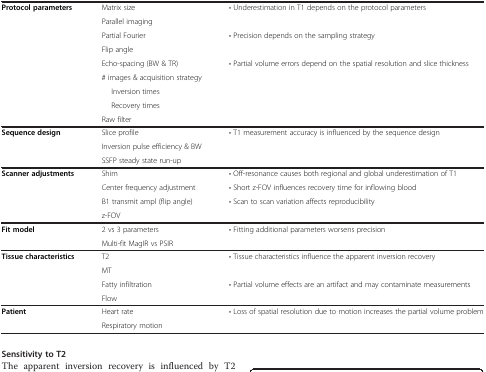
|  |  |  |
 | --- | --- | --- |
 | <ROWSPAN=9> Protocol parameters | Matrix size | <ROWSPAN=2> • Underestimation in T1 depends on the protocol parameters |
 | Parallel imaging |
 | Partial Fourier | <ROWSPAN=2> • Precision depends on the sampling strategy |
 | Flip angle |
 | Echo-spacing (BW & TR) | <ROWSPAN=5> • Partial volume errors depend on the spatial resolution and slice thickness |
 | # images & acquisition strategy |
 | Inversion times |
 | Recovery times |
 | Raw filter |
 | <ROWSPAN=3> Sequence design | Slice profile | <ROWSPAN=3> • T1 measurement accuracy is influenced by the sequence design |
 | Inversion pulse efficiency & BW |
 | SSFP steady state run-up |
 | <ROWSPAN=4> Scanner adjustments | Shim | • Off-resonance causes both regional and global underestimation of T1 |
 | Center frequency adjustment | • Short z-FOV influences recovery time for inflowing blood |
 | B1 transmit ampl (flip angle) | <ROWSPAN=2> • Scan to scan variation affects reproducibility |
 | z-FOV |
 | <ROWSPAN=2> Fit model | 2 vs 3 parameters | <ROWSPAN=2> • Fitting additional parameters worsens precision |
 | Multi-fit MagIR vs PSIR |
 | <ROWSPAN=4> Tissue characteristics | T2 | <ROWSPAN=2> • Tissue characteristics influence the apparent inversion recovery |
 | MT |
 | Fatty infiltration | <ROWSPAN=2> • Partial volume effects are an artifact and may contaminate measurements |
 | Flow |
 | <ROWSPAN=2> Patient | Heart rate | <ROWSPAN=2> • Loss of spatial resolution due to motion increases the partial volume problem |
 | Respiratory motion |